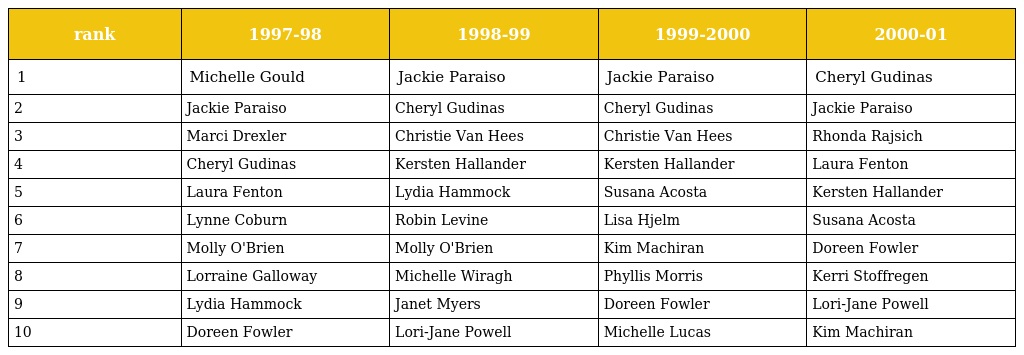
| rank | 1997-98 | 1998-99 | 1999-2000 | 2000-01 |
 | --- | --- | --- | --- | --- |
 | 1 | Michelle Gould | Jackie Paraiso | Jackie Paraiso | Cheryl Gudinas |
 | 2 | Jackie Paraiso | Cheryl Gudinas | Cheryl Gudinas | Jackie Paraiso |
 | 3 | Marci Drexler | Christie Van Hees | Christie Van Hees | Rhonda Rajsich |
 | 4 | Cheryl Gudinas | Kersten Hallander | Kersten Hallander | Laura Fenton |
 | 5 | Laura Fenton | Lydia Hammock | Susana Acosta | Kersten Hallander |
 | 6 | Lynne Coburn | Robin Levine | Lisa Hjelm | Susana Acosta |
 | 7 | Molly O'Brien | Molly O'Brien | Kim Machiran | Doreen Fowler |
 | 8 | Lorraine Galloway | Michelle Wiragh | Phyllis Morris | Kerri Stoffregen |
 | 9 | Lydia Hammock | Janet Myers | Doreen Fowler | Lori-Jane Powell |
 | 10 | Doreen Fowler | Lori-Jane Powell | Michelle Lucas | Kim Machiran |